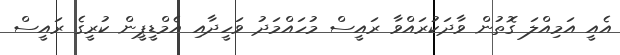
އެއީ އަމިއްލަ ގޮތުން ވާދަކުރައްވާ ރައީސް މުހައްމަދު ވަހީދާއި އެމްޑީޕީން ކުރީގެ ރައީސް